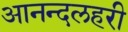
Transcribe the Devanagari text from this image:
आनन्दलहरी